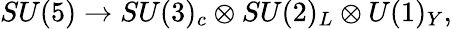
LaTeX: SU(5)\rightarrow SU(3)_{c}\otimes SU(2)_{L}\otimes U(1)_{Y},